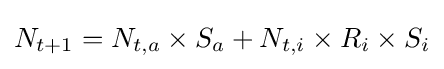
N_{t+1}=N_{t,a}\times S_{a}+N_{t,i}\times R_{i}\times S_{i}